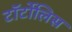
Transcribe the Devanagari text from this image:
टॉर्टोलिस